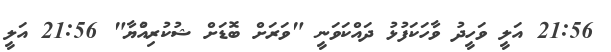
21:56 އަލީ ވަހީދު ވާހަކަފުޅު ދައްކަވަނީ "ވަރަށް ބޮޑަށް ޝުކުރިއްުޔާ" 21:56 އަލީ